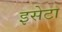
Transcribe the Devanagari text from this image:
इसेटा